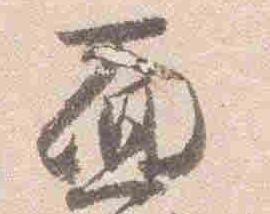
面